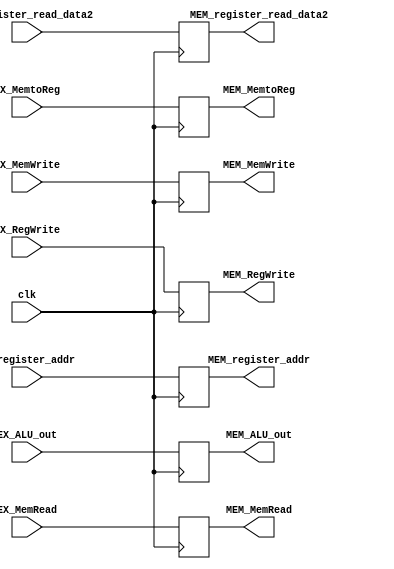
`ifndef MODULE_EX_MEM
`define MODULE_EX_MEM
`timescale 1ns / 1ps

module EX_MEM (
    input               clk,

    input       [31:0]  EX_ALU_out,
                        EX_register_read_data2,
    input       [4:0]   EX_register_addr,
    input               EX_MemRead,
                        EX_MemtoReg,
                        EX_MemWrite,
                        EX_RegWrite,

    output reg  [31:0]  MEM_ALU_out,
                        MEM_register_read_data2,
    output reg  [4:0]   MEM_register_addr,
    output reg          MEM_MemRead,
                        MEM_MemtoReg,
                        MEM_MemWrite,
                        MEM_RegWrite
);

    initial begin
        MEM_ALU_out    = 32'b0;
        MEM_register_read_data2 = 32'b0;
        MEM_register_addr     = 5'b0;
        MEM_MemRead      = 1'b0;
        MEM_MemtoReg     = 1'b0;
        MEM_MemWrite     = 1'b0;
        MEM_RegWrite     = 1'b0;
    end

    always @ (posedge clk) begin
        MEM_ALU_out    <= EX_ALU_out;
        MEM_register_read_data2 <= EX_register_read_data2;
        MEM_register_addr     <= EX_register_addr;
        MEM_MemRead      <= EX_MemRead;
        MEM_MemtoReg     <= EX_MemtoReg;
        MEM_MemWrite     <= EX_MemWrite;
        MEM_RegWrite     <= EX_RegWrite;
    end

endmodule // EX_MEM

`endif // MODULE_EX_MEM